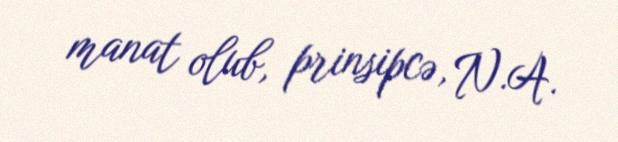
manat olub, prinsipcə, N.A.